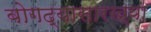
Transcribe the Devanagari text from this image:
बोगद्यासारख्या